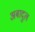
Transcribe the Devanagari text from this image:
अबादुल